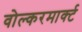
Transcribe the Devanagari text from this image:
वोल्करमार्क्ट